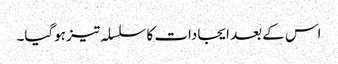
اس کے بعد ایجادات کا سلسلہ تیز ہوگیا۔